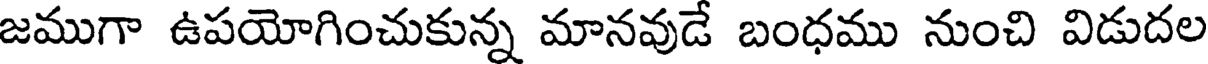
జముగా ఉపయోగించుకున్న మానవుడే బంధము నుంచి విడుదల